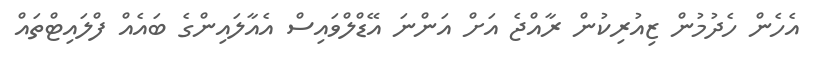
އެހެން ހެދުމުން ޒިއުރިކުން ރާއްޖެ އަށް އަންނަ އޭޑްލްވައިސް އެއާލައިންގެ ބައެއް ފްލައިޓްތައް